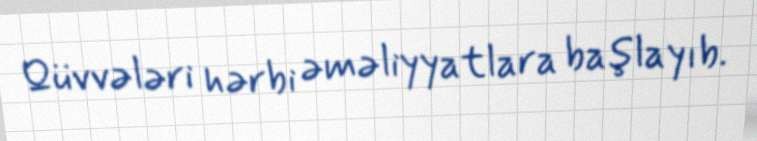
Qüvvələri hərbi əməliyyatlara başlayıb.